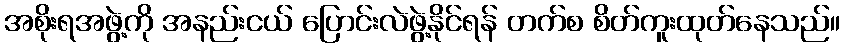
အစိုးရအဖွဲ့ကို အနည်းငယ် ပြောင်းလဲဖွဲ့နိုင်ရန် တက်စ စိတ်ကူးထုတ်နေသည်။